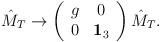
LaTeX: \begin{align*}\hat{M}_T\rightarrow\left(\begin{array}{cc} g&0\\0& {\bf 1}_3 \end{array}\right) \hat{M}_T.\end{align*}